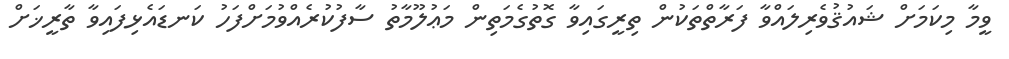
ވީމާ މިކަމަށް ޝައުޤުވެރިލައްވާ ފަރާތްތަކުން ތިރީގައިވާ ގޮތުގެމަތިން މަޢުލޫމާތު ސާފުކުރެއްވުމަށްފަހު ކަނޑައެޅިފައިވާ ތާރީޚަށް